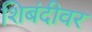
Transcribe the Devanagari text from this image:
शिबंदीवर